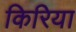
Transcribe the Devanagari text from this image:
किरिया